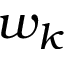
w _ { k }